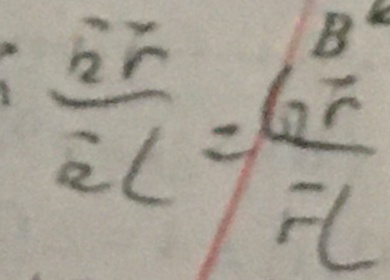
\frac { E F } { E C } = \frac { G F } { F L }